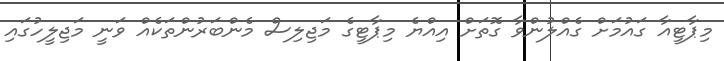
މިޕާޓީއާ ގައުމަށް ގެއްލުންވާ ގޮތަށް އިއްޔެ މިޕާޓީގެ މަޖިލިސް މެންބަރުންތަކެއް ވަނީ މަޖިލީހުގައި